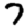
Digit: 7